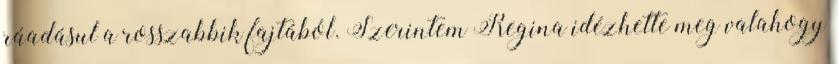
ráadásul a rosszabbik fajtából. Szerintem Regina idézhette meg valahogy